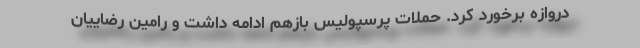
دروازه برخورد کرد. حملات پرسپولیس بازهم ادامه داشت و رامین رضاییان